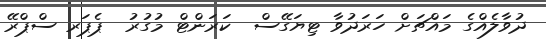
ދުވާލެއްގެ މައްޗަށް ހަރަދުވާ ޓިޔަގޭސް  ކަރަންޓް މުގުރު  ޕެޕަރ ސްޕްރޭ